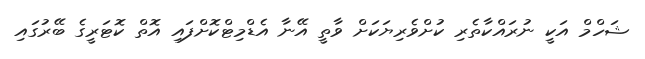
ޝަހްމް އަކީ ނުރައްކާތެރި ކުށްވެެރިޔަކަށް ވާތީ އޭނާ އެޑްމިޓްކޮށްފައި އޮތް ކޮޓަރީގެ ބޭރުގައި